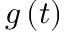
g \left( t \right)